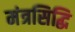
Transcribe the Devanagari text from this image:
मंत्रसिद्धि